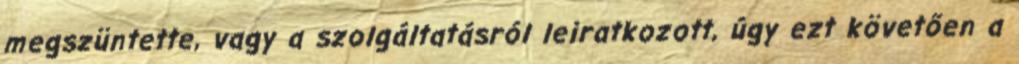
megszüntette, vagy a szolgáltatásról leiratkozott, úgy ezt követően a